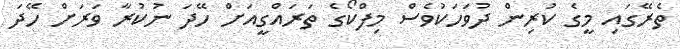
ތެރޭގައި މީގެ ކުރިން ދުވަހަކުވެސް މިފްކޯގެ ތަރައްގީއަށް ހޭދަ ނުކުރާ ވަރަށް ހޭދަ